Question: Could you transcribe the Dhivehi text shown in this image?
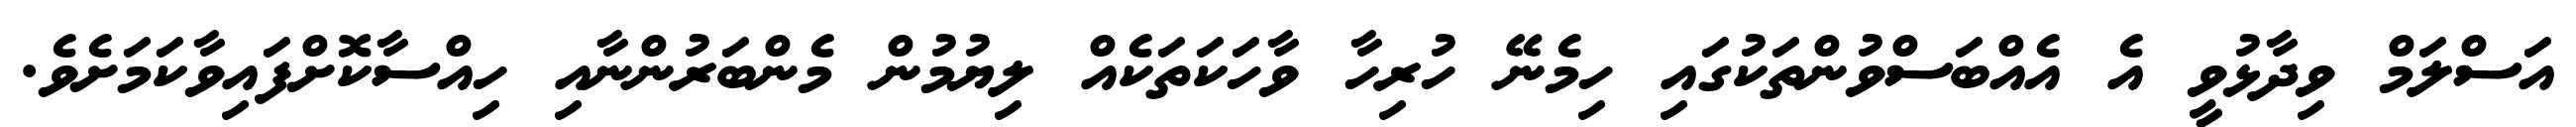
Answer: އަސްލަމް ވިދާޅުވީ އެ އެއްބަސްވުންތަކުގައި ހިމެނޭ ހުރިހާ ވާހަކަތަކެއް ލިޔުމުން މެންބަރުންނާއި ހިއްސާކޮށްފައިވާކަމަށެވެ.